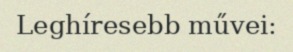
Leghíresebb művei: